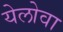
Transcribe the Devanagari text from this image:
येलोवा